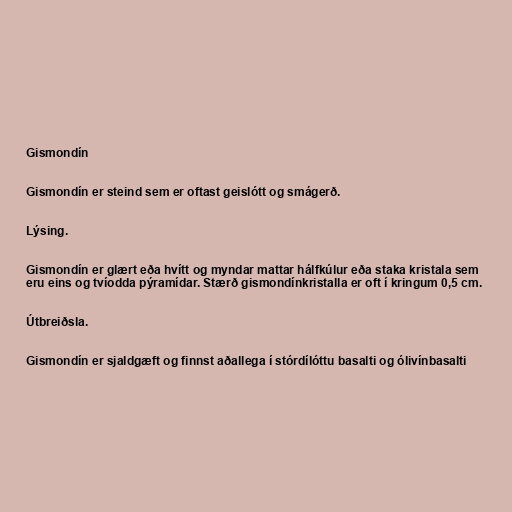
Gismondín

Gismondín er steind sem er oftast geislótt og smágerð.

Lýsing.

Gismondín er glært eða hvítt og myndar mattar hálfkúlur eða staka kristala sem
eru eins og tvíodda pýramídar. Stærð gismondínkristalla er oft í kringum 0,5 cm.

Útbreiðsla.

Gismondín er sjaldgæft og finnst aðallega í stórdílóttu basalti og ólivínbasalti